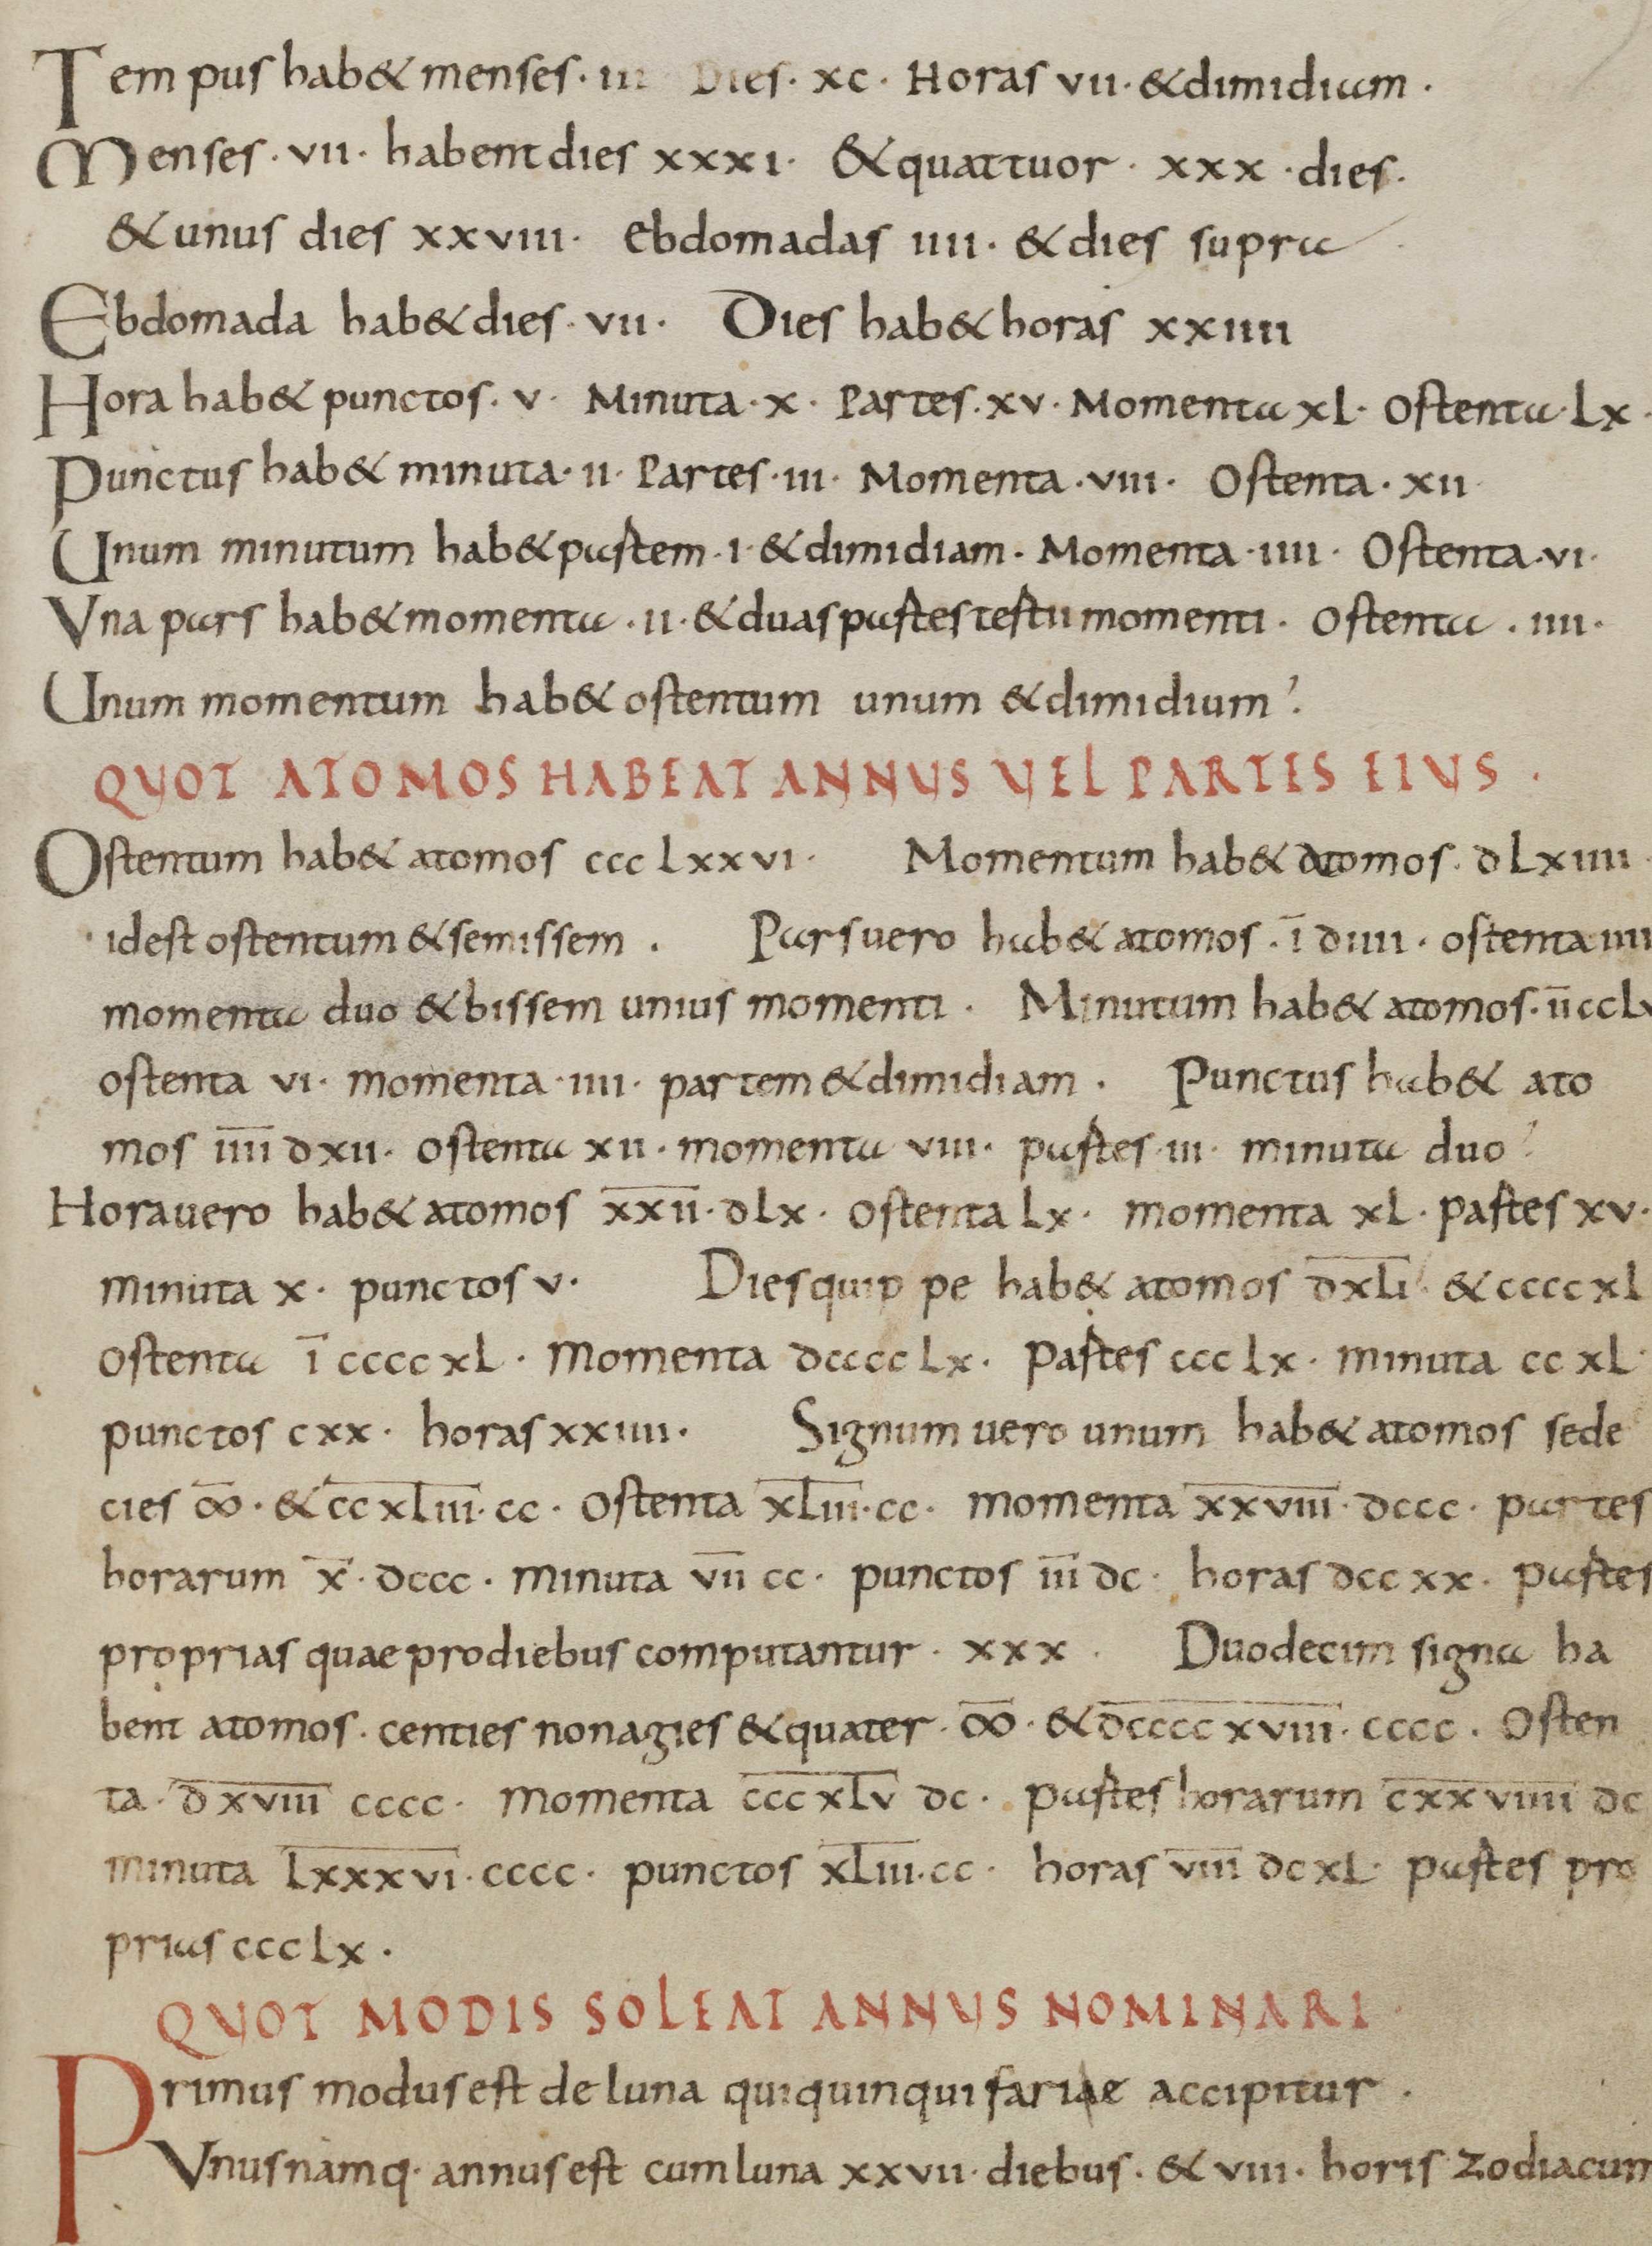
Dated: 835–865